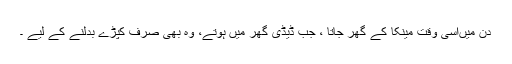
دن میںاُسی وقت مینکا کے گھر جاتا ، جب ڈیڈی گھر میں ہوتے، وہ بھی صرف کپڑے بدلنے کے لیے ۔